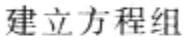
建立方程组